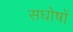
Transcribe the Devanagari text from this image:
सघोषों